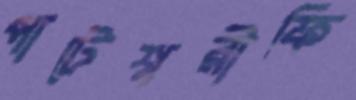
পাটেশ্বরীফি